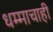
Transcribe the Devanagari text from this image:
धम्माचाही